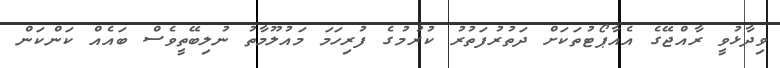
ވިދާޅުވީ ރާއްޖޭގެ އެއާޕޯޓުތަކަށް ދަތުރުފަތުރު ކުރުމުގެ ފުރިހަމަ މައުލޫމާތު ނުލިބޭތީވެސް ބައެއް ކަންކަން